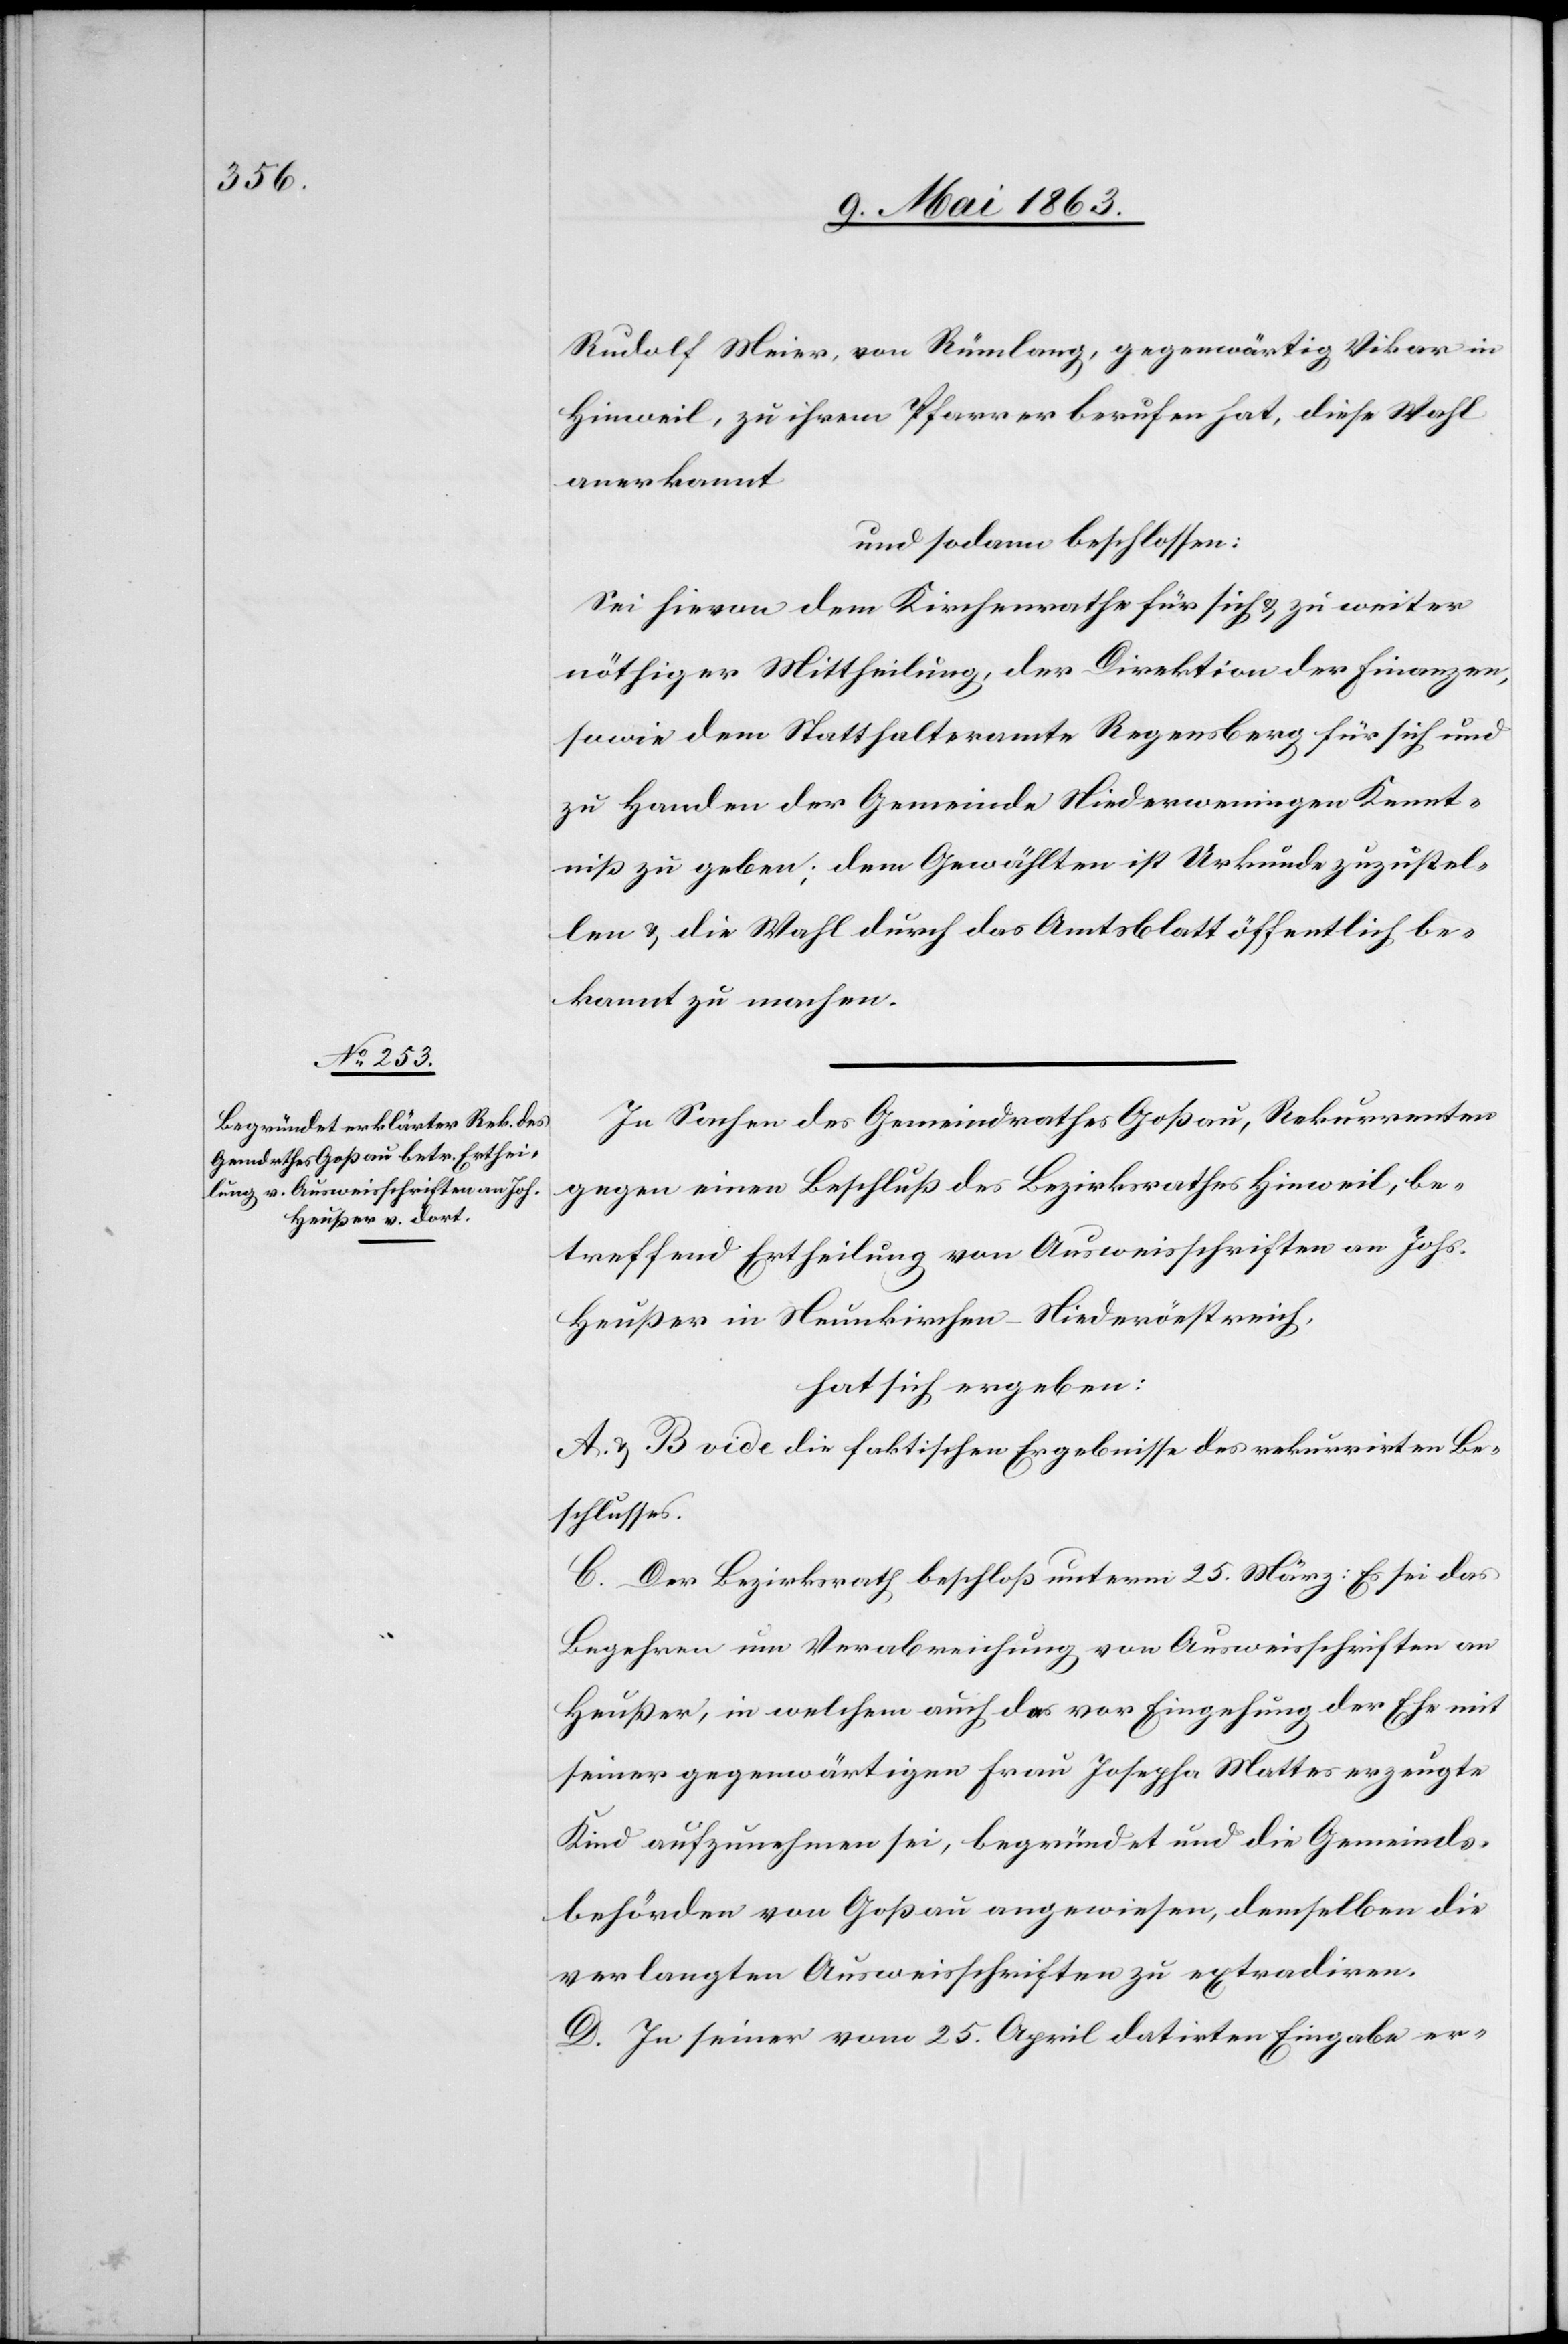
Rudolf Meier, von Rümlang, gegenwärtig Vikar in
Hinweil, zu ihrem Pfarrer berufen hat, diese Wahl
anerkannt
und sodann beschlossen:
Sei hievon dem Kirchenrathe für sich & zu weiter
nöthiger Mittheilung, der Direktion der Finanzen,
sowie dem Statthalteramte Regensberg für sich und
zu Handen der Gemeinde Niederweningen Kennt¬
niß zu geben; dem Gewählten ist Urkunde zuzustel¬
len & die Wahl durch das Amtsblatt öffentlich be¬
kannt zu machen.
In Sachen des Gemeindrathes Goßau, Rekurrenten
gegen einen Beschluß des Bezirksrathes Hinweil, be¬
treffend Ertheilung von Ausweisschriften an Johs.
Heußer in Neunkirchen – Niederöestreich
hat sich ergeben:
A. & B. vide die faktischen Ergebnisse des rekurrirten Be¬
schlusses.
C. Der Bezirksrath beschloß unterm 25. März: Es sei das
Begehren um Verabreichung von Ausweisschriften an
Heußer, in welchem auch das vor Eingehung der Ehe mit
seiner gegenwärtigen Frau Josepha Mattes erzeugte
Kind aufzunehmen sei, begründet und die Gemeinds¬
behörden von Goßau angewiesen, demselben die
verlangten Ausweisschriften zu extradiren.
D. In seiner vom 25. April datirten Eingabe er-